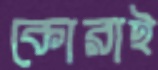
কোরাই